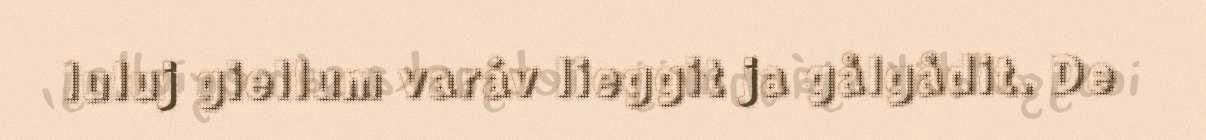
luluj giellum varáv lieggit ja gålgådit. De